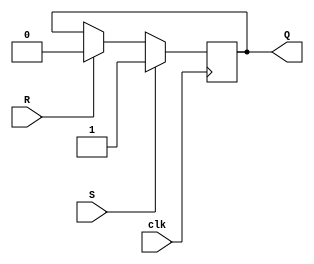
module SR_FF (

    input S, R,

    input clk,

    output reg Q

);

reg Q_buf;

initial 

    Q = 1'b0;

always @(posedge clk)

begin

    if (S)

        Q_buf = 1'b1;

    else if (R)

        Q_buf = 1'b0;

    else

        Q_buf = Q;

    Q <= Q_buf;

end

endmodule